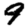
Digit: 9